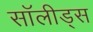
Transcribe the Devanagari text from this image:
सॉलीड्स